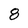
Character: 8